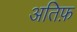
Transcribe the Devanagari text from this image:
अतिफ़